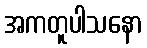
အကတူပါသနော